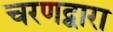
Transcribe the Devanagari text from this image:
चरणद्वारा